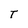
Character: T